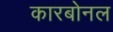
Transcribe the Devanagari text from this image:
कारबोनल